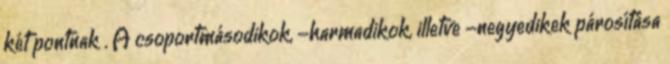
két pontnak . A csoportmásodikok, -harmadikok, illetve -negyedikek párosítása